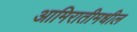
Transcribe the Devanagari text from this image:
आमिरातीमधील